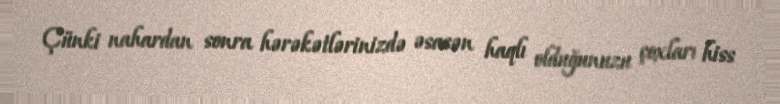
Çünki nahardan sonra hərəkətlərinizdə əsasən haqlı olduğunuzu çoxları hiss